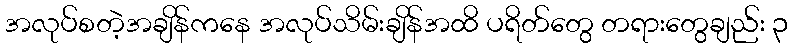
အလုပ်စတဲ့အချိန်ကနေ အလုပ်သိမ်းချိန်အထိ ပရိတ်တွေ တရားတွေချည်း ၃